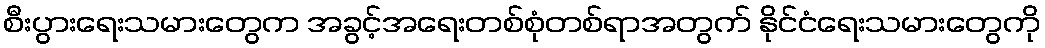
စီးပွားရေးသမားတွေက အခွင့်အရေးတစ်စုံတစ်ရာအတွက် နိုင်ငံရေးသမားတွေကို